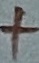
Text: +